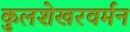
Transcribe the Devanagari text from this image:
कुलशेखरवर्मन